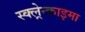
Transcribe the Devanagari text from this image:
स्क्ल्रेन्काइमा